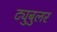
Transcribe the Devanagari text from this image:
ट्युबुलर